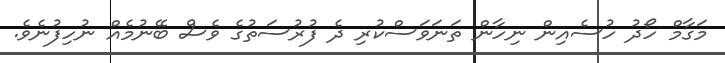
މަގާމް ހޯދު ހުސެއިން ނިހާން ތަނަވަސްކުރި ދެ ފުރުސަތުގެ ވެސް ބޭނުމެއް ނުހިފުނެވެ.